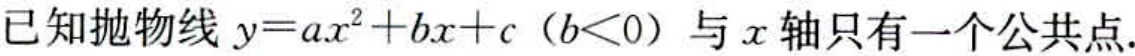
已知抛物线 \(y = ax^{2}+bx + c\)（\(b<0\)）与 \(x\) 轴只有一个公共点.